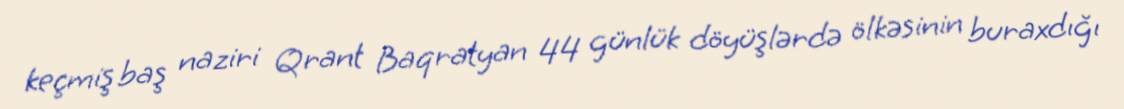
keçmiş baş naziri Qrant Baqratyan 44 günlük döyüşlərdə ölkəsinin buraxdığı